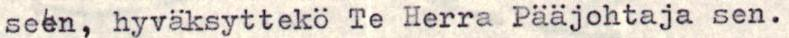
seen, hyväksyttekö Te Herra Pääjohtaja sen.